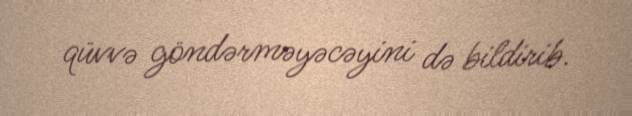
qüvvə göndərməyəcəyini də bildirib.